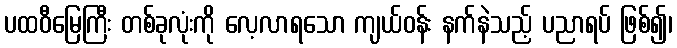
ပထဝီမြေကြီး တစ်ခုလုံးကို လေ့လာရသော ကျယ်ဝန်း နက်နဲသည့် ပညာရပ် ဖြစ်၍၊